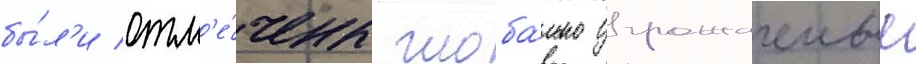
бы́л'и отм'е́чены глоба́льно угрожаемые